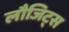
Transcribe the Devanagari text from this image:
लौजिट्स